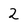
Character: 2